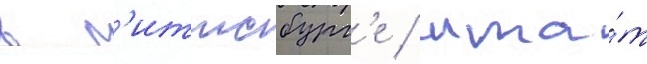
в п'иттсбург'е / шта́т